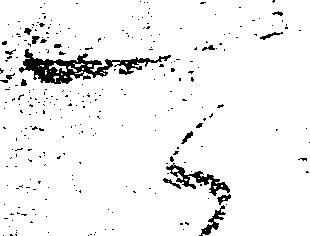
可